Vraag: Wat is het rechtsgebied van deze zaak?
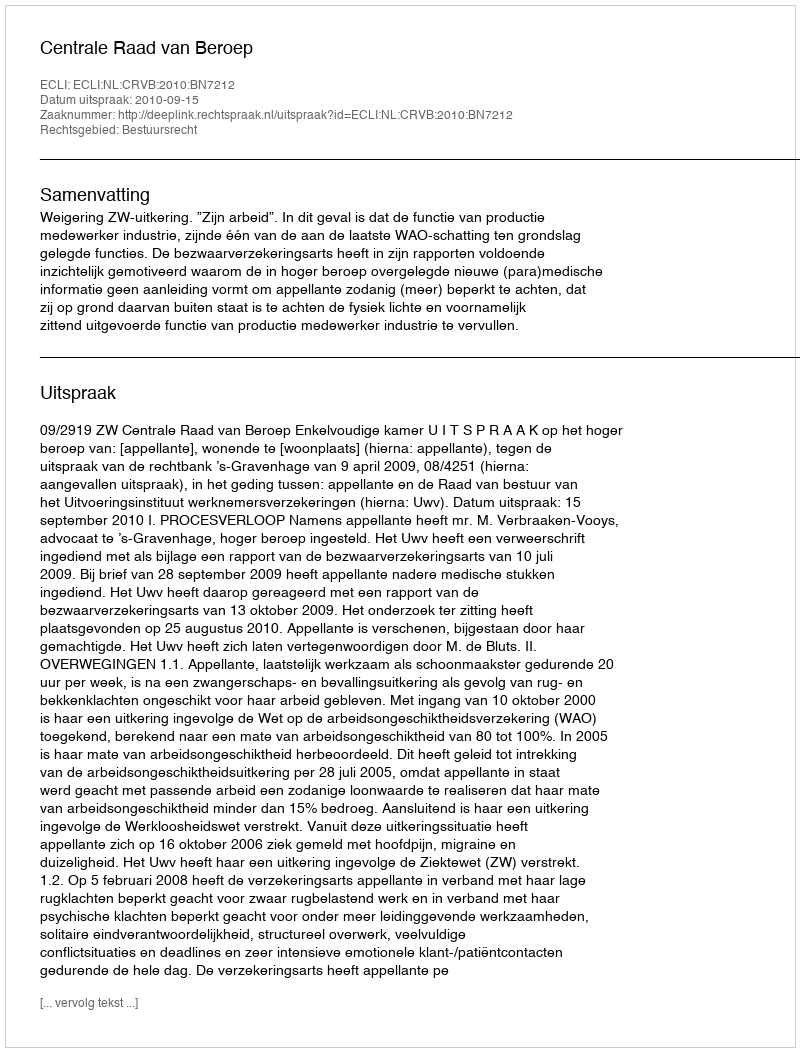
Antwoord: Bestuursrecht